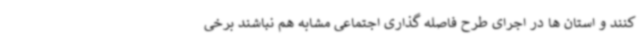
کنند و استان ها در اجرای طرح فاصله گذاری اجتماعی مشابه هم نباشند برخی